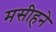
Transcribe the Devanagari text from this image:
मसीहने